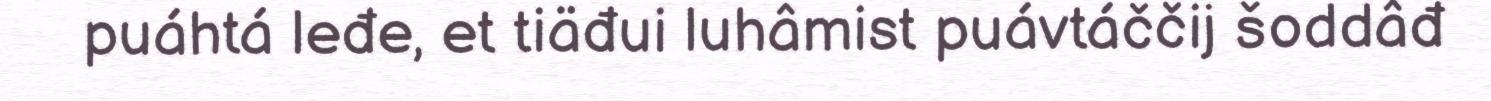
puáhtá leđe, et tiäđui luhâmist puávtáččij šoddâđ